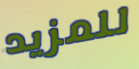
للمزيد